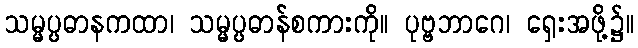
သမ္မပ္ပဓာနကထာ၊ သမ္မပ္ပဓာန်စကားကို။ ပုဗ္ဗဘာဂေ၊ ရှေးအဖို့၌။